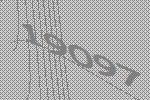
19097